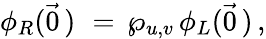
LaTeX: \phi_{R}(\vec{0}\, )\, \, =\, \wp_{u,v}\, \phi_{L}(\vec{0}\, )\, ,